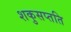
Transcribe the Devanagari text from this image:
शकुसप्तति